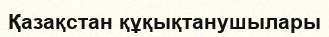
Қазақстан құқықтанушылары